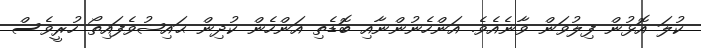
ކުލަ އޮޅުން ފިލުވަން ވާނެއެވެ. އަންހެނުންނާއި ބޮޑެތި އަންހެން ކުދިން ޙައިޟުވެފައިތޯ ހުރީވެސް